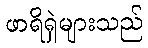
ဖာရိရှဲများသည်